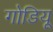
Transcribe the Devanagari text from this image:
गोडियू